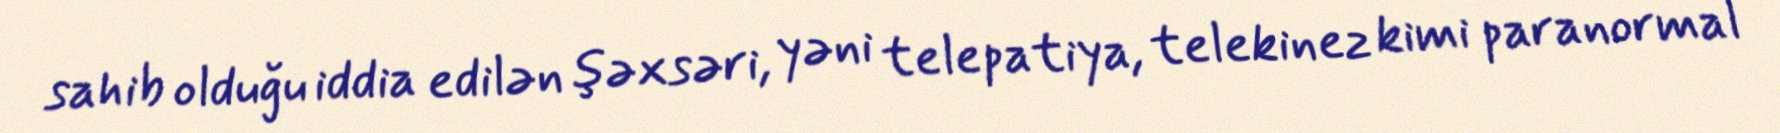
sahib olduğu iddia edilən şəxsəri, yəni telepatiya, telekinez kimi paranormal